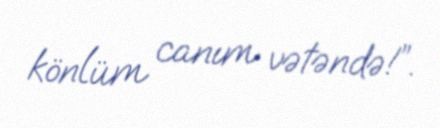
könlüm canım vətəndə!”.